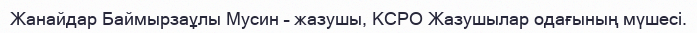
Жанайдар Баймырзаұлы Мусин – жазушы, КСРО Жазушылар одағының мүшесі.